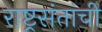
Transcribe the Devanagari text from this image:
राष्ट्रसंतांची